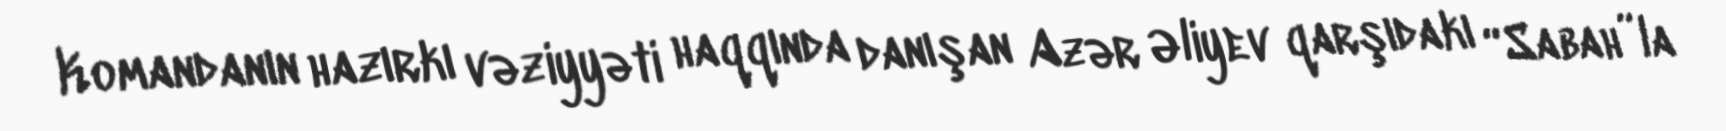
Komandanın hazırkı vəziyyəti haqqında danışan Azər Əliyev qarşıdakı “Sabah”la